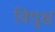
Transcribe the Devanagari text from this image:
विपुक्ष